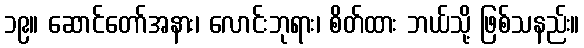
၁၉။ ဆောင်တော်အနား၊ လောင်းဘုရား၊ စိတ်ထား ဘယ်သို့ ဖြစ်သနည်း။